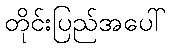
တိုင်းပြည်အပေါ်